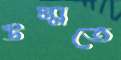
উম্মতে